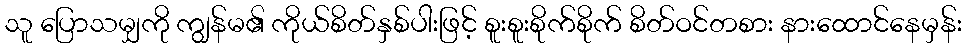
သူ ပြောသမျှကို ကျွန်မ၏ ကိုယ်စိတ်နှစ်ပါးဖြင့် စူးစူးစိုက်စိုက် စိတ်ဝင်တစား နားထောင်နေမှန်း